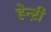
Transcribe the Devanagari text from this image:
हेन्ऱी